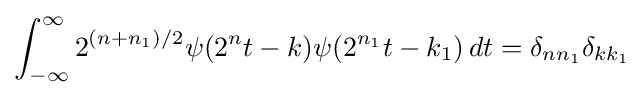
\int _{-\infty }^{\infty }2^{(n+n_{1})/2}\psi (2^{n}t-k)\psi (2^{n_{1}}t-k_{1})\,dt=\delta _{nn_{1}}\delta _{kk_{1}}